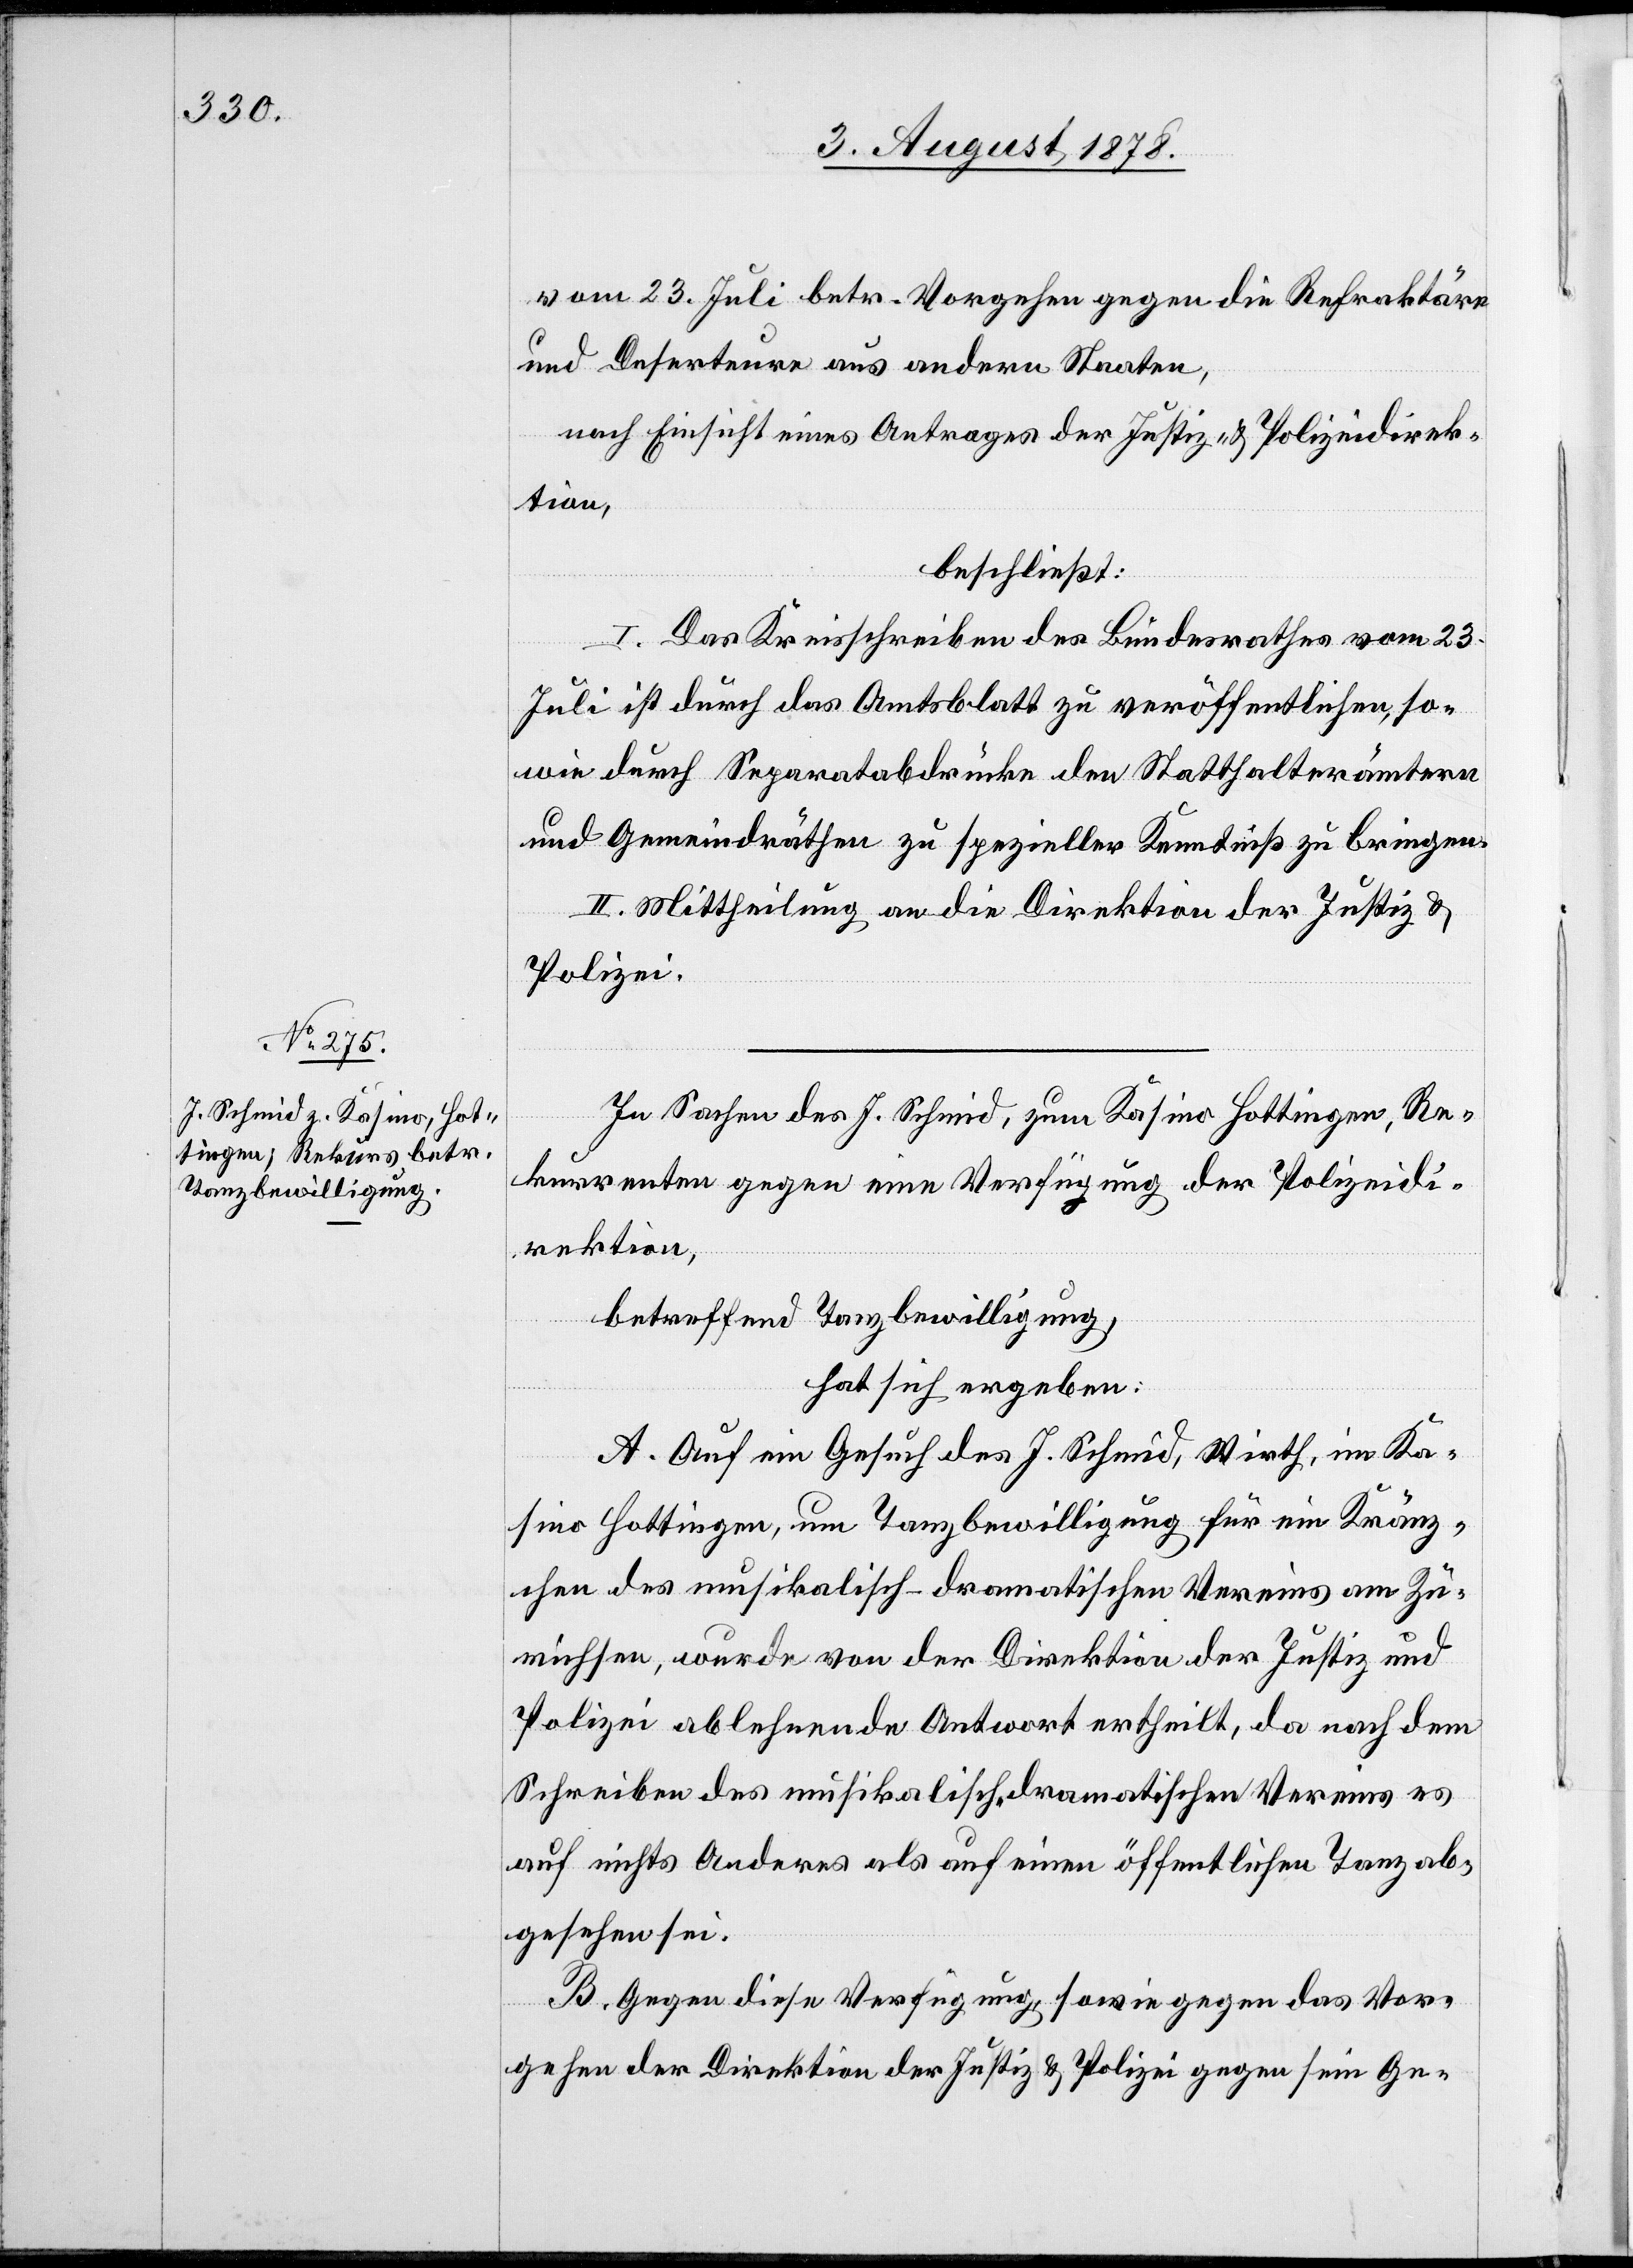
vom 23. Juli betr. Vorgehen gegen die Refrektäre
und Deserteure aus andern Staaten,
nach Einsicht eines Antrages der Justiz- & Polizeidirek¬
tion,
beschließt:
I. Das Kreisschreiben des Bundesrathes vom 23.
Juli ist durch das Amtsblatt zu veröffentlichen, so¬
wie durch Separatabdrücke den Statthalterämtern
und Gemeindräthen zu spezieller Kenntniß zu bringen.
II. Mittheilung an die Direktion der Justiz &
Polizei.
In Sachen des J. Schmid, zum Kasino Hottingen, Re¬
kurrenten gegen eine Verfügung der Polizeidi¬
rektion,
betreffend Tanzbewilligung,
hat sich ergeben:
A. Auf ein Gesuch des J. Schmid, Wirth, im Ka¬
sino Hottingen, um Tanzbewilligung für ein Kränz¬
chen des musikalisch-dramatischen Vereins am Zü¬
richsee, wurde von der Direktion der Justiz und
Polizei ablehnende Antwort ertheilt, da nach dem
Schreiben des musikalisch-dramatischen Vereins es
auf nichts Anderes als auf einen öffentlichen Tanz ab¬
gesehen sei.
B. Gegen diese Verfügung, sowie gegen das Vor¬
gehen der Direktion der Justiz & Polizei gegen sein Ge-